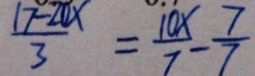
\frac { 1 7 - 2 0 x } { 3 } = \frac { 1 0 x } { 7 } - \frac { 7 } { 7 }